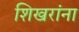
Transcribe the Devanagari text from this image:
शिखरांना